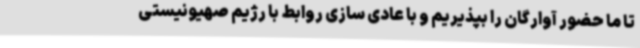
تا ما حضور آوارگان را بپذیریم و با عادی سازی روابط با رژیم صهیونیستی